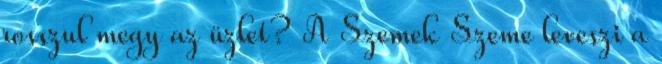
rosszul megy az üzlet? A Szemek Szeme leveszi a